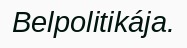
Belpolitikája.